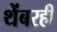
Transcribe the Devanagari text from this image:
थेंबरही